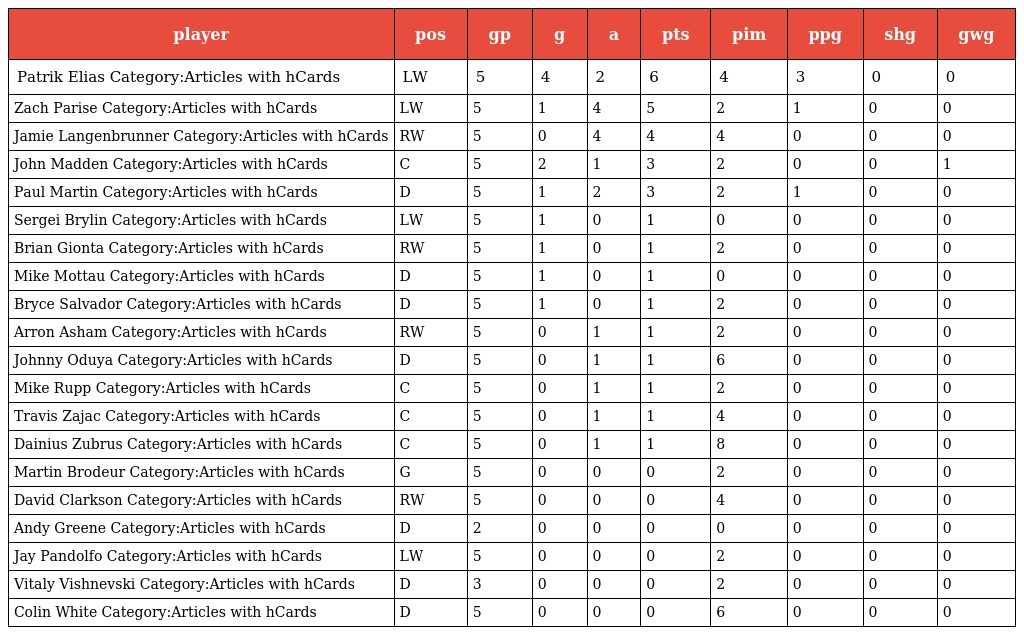
| player | pos | gp | g | a | pts | pim | ppg | shg | gwg |
 | --- | --- | --- | --- | --- | --- | --- | --- | --- | --- |
 | Patrik Elias Category:Articles with hCards | LW | 5 | 4 | 2 | 6 | 4 | 3 | 0 | 0 |
 | Zach Parise Category:Articles with hCards | LW | 5 | 1 | 4 | 5 | 2 | 1 | 0 | 0 |
 | Jamie Langenbrunner Category:Articles with hCards | RW | 5 | 0 | 4 | 4 | 4 | 0 | 0 | 0 |
 | John Madden Category:Articles with hCards | C | 5 | 2 | 1 | 3 | 2 | 0 | 0 | 1 |
 | Paul Martin Category:Articles with hCards | D | 5 | 1 | 2 | 3 | 2 | 1 | 0 | 0 |
 | Sergei Brylin Category:Articles with hCards | LW | 5 | 1 | 0 | 1 | 0 | 0 | 0 | 0 |
 | Brian Gionta Category:Articles with hCards | RW | 5 | 1 | 0 | 1 | 2 | 0 | 0 | 0 |
 | Mike Mottau Category:Articles with hCards | D | 5 | 1 | 0 | 1 | 0 | 0 | 0 | 0 |
 | Bryce Salvador Category:Articles with hCards | D | 5 | 1 | 0 | 1 | 2 | 0 | 0 | 0 |
 | Arron Asham Category:Articles with hCards | RW | 5 | 0 | 1 | 1 | 2 | 0 | 0 | 0 |
 | Johnny Oduya Category:Articles with hCards | D | 5 | 0 | 1 | 1 | 6 | 0 | 0 | 0 |
 | Mike Rupp Category:Articles with hCards | C | 5 | 0 | 1 | 1 | 2 | 0 | 0 | 0 |
 | Travis Zajac Category:Articles with hCards | C | 5 | 0 | 1 | 1 | 4 | 0 | 0 | 0 |
 | Dainius Zubrus Category:Articles with hCards | C | 5 | 0 | 1 | 1 | 8 | 0 | 0 | 0 |
 | Martin Brodeur Category:Articles with hCards | G | 5 | 0 | 0 | 0 | 2 | 0 | 0 | 0 |
 | David Clarkson Category:Articles with hCards | RW | 5 | 0 | 0 | 0 | 4 | 0 | 0 | 0 |
 | Andy Greene Category:Articles with hCards | D | 2 | 0 | 0 | 0 | 0 | 0 | 0 | 0 |
 | Jay Pandolfo Category:Articles with hCards | LW | 5 | 0 | 0 | 0 | 2 | 0 | 0 | 0 |
 | Vitaly Vishnevski Category:Articles with hCards | D | 3 | 0 | 0 | 0 | 2 | 0 | 0 | 0 |
 | Colin White Category:Articles with hCards | D | 5 | 0 | 0 | 0 | 6 | 0 | 0 | 0 |